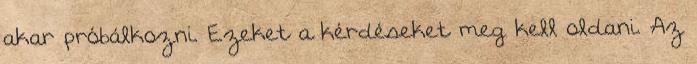
akar próbálkozni. Ezeket a kérdéseket meg kell oldani. Az